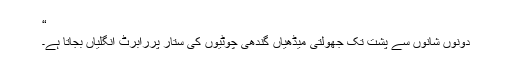
“
دونوں شانوں سے پشت تک جھولتی میڈھیاں گندھی چوٹیوں کی ستار پررابرٹ اُنگلیاں بجاتا ہے۔